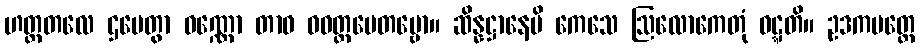
ဟတ္ထတလေ ဌပေတွာ ဝဏ္ဏော တာဝ ဝဝတ္ထပေတဗ္ဗော။ ဆိန္နဋ္ဌာနေပိ ကေသေ ဩလောကေတုံ ဝဋ္ဋတိ။ ဥဒကပတ္တေ